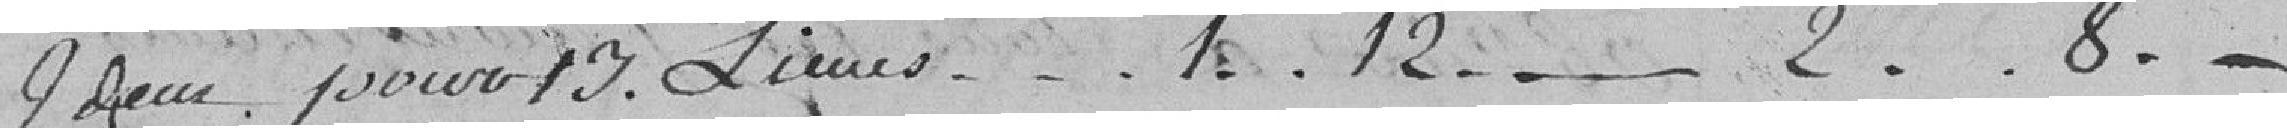
Idem pour 13 lieues....1..12.....2..8..